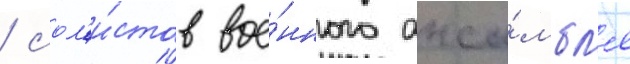
/ сол'и́стов вое́нного анса́мбл'я